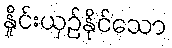
နှိုင်းယှဉ်နိုင်သော